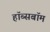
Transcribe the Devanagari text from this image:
हॉब्सबॉम